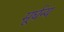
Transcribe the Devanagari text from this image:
मूर्घन्य